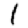
Digit: 1